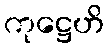
ကုဋ္ဌေဟိ